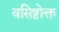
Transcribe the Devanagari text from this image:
वसिष्ठोक्त